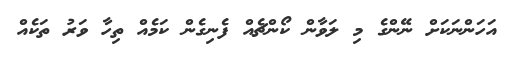
އަހަންނަކަށް ނޭންގެ މި ލަވާން ކޯންޗެއް ފެނިގެން ކަމެއް ތިހާ ވަރު ތަކެއް